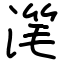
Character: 滗